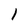
Character: I